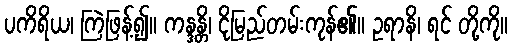
ပကိရိယ၊ ကြဲဖြန့်၍။ ကန္ဒန္တိ၊ ငိုမြည်တမ်းကုန်၏။ ဥရာနိ၊ ရင် တို့ကို။